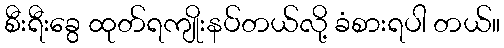
စီးရီးခွေ ထုတ်ရကျိုးနပ်တယ်လို့ ခံစားရပါ တယ်။